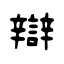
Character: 辯